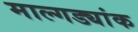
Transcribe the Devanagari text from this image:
माल्गड्यांक